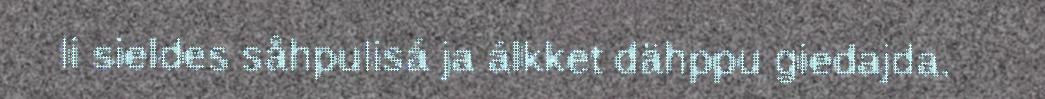
li sieldes såhpulisá ja álkket dähppu giedajda.